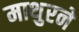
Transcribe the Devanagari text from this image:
माथुरने